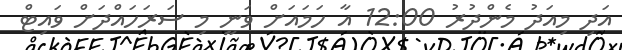
އަދި މިއަދު މެންދުރު 12:00 އާ ހަމައަށް ވަނީ މި ސަރަހައްދަށް ވައިޓް